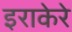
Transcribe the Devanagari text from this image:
इराकेरे